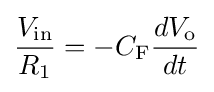
{\frac {V_{\text{in}}}{R_{\text{1}}}}=-C_{\text{F}}{\frac {dV_{\text{o}}}{dt}}